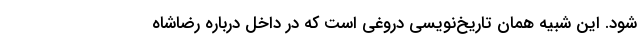
شود. این شبیه همان تاریخ‌نویسی دروغی است که در داخل درباره رضاشاه